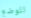
للوضع